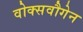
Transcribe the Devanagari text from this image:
वोक्सवौगेन